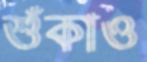
শুঁকাও